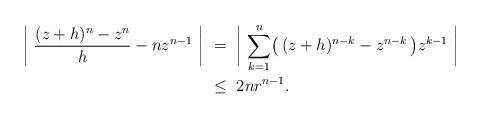
LaTeX: \begin{align*}\left|\ \frac{(z+h)^n-z^n}{h}-nz^{n-1}\ \right|\ &= \ \biggl|\ \sum_{k=1}^n \bigl(\,(z+h)^{n-k}-z^{n-k}\,\bigr)z^{k-1} \ \biggr|\\ \ &\leq\ 2nr^{n-1}.\end{align*}